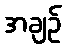
အချဉ်